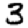
Digit: 3